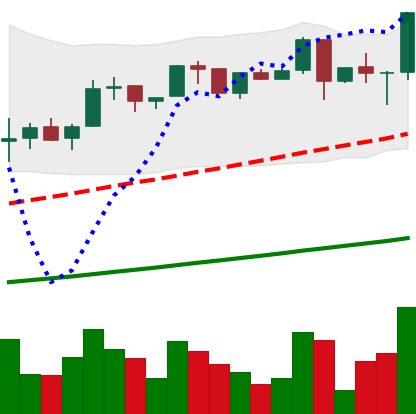
Ticker: LTC-USD
Chart end date: 2017-06-16
Forward return: 33.857%
Label: up_7plus